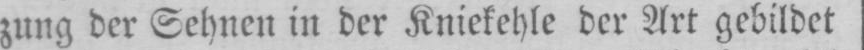
zung der Sehnen in der Kniekehle der Art gebildet